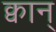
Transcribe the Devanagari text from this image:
क्वान्